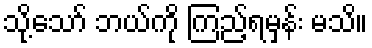
သို့သော် ဘယ်ကို ကြည့်ရမှန်း မသိ။